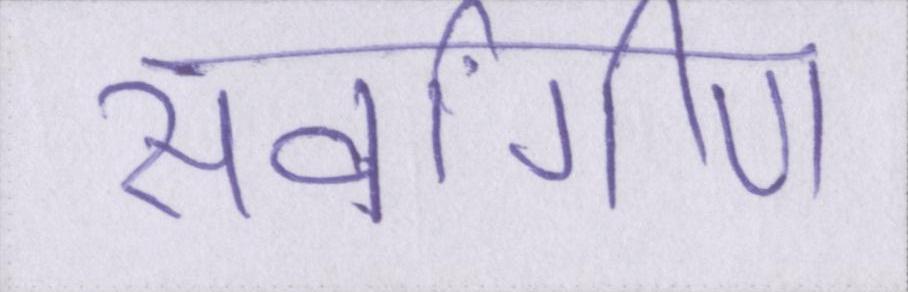
सर्वांगीण